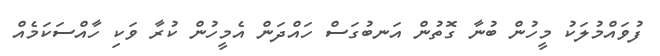
ފުވައްމުލަކު މީހުން ބުނާ ގޮތުން އަނބުގަސް ހައްދަން އެމީހުން ކުރާ ވަކި ހާއްސަކަމެއް